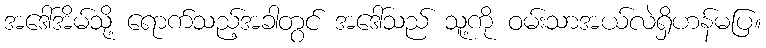
အဒေါ်အိမ်သို့ ရောက်သည့်အခါတွင် အဒေါ်သည် သူ့ကို ဝမ်းသာအယ်လဲရှိဟန်မပြ။